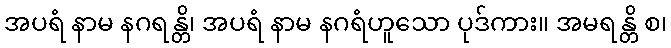
အပရံ နာမ နဂရန္တိ၊ အပရံ နာမ နဂရံဟူသော ပုဒ်ကား။ အမရန္တိ စ၊